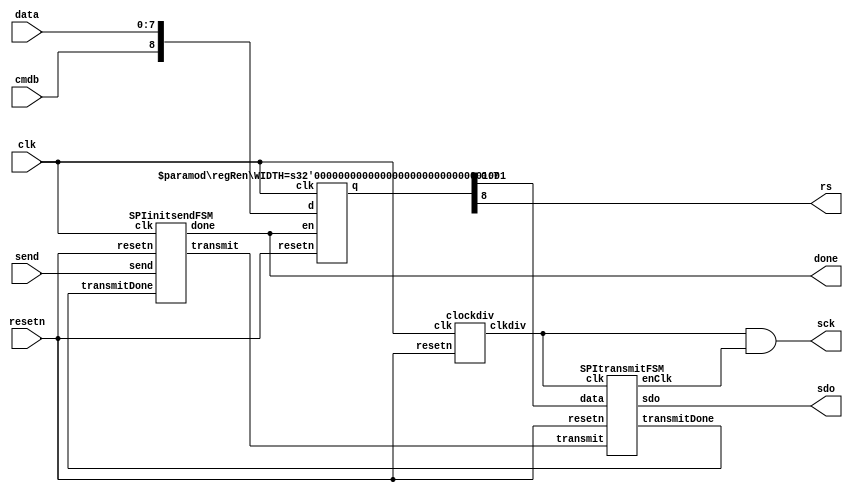
/*
 * SPI interface for the Nexys4 DDR board running at 50 MHz
 *
 * 17 March 2017
 */

module mfp_ahb_spi(
           input        clk,
           input        resetn,
           input [7:0]  data,
           input        cmdb,
           input        send,
           output       done,
           output       sdo,
           output       rs,
           output       sck);

  wire transmitDone, transmit, slowclk, enClk; 
  wire [7:0] sendData;

  clockdiv clockdiv(clk, resetn, slowclk);
  regRen #(9) sendDataReg(clk, resetn, done, 
                         {cmdb, data}, {rs, sendData});
  SPIinitsendFSM SPIinitsendFSM(clk, resetn, send, transmitDone,
                                transmit, done);
  SPItransmitFSM SPItransmitFSM(slowclk, resetn, transmit, sendData,
                        transmitDone, sdo, enClk);
  assign sck = slowclk & enClk;   
  
endmodule


// Slow clock (~1 kHz) for SPI transmission
module clockdiv(input  clk,
                input  resetn,
                output clkdiv);

  reg [15:0] cnt;

  always @(posedge clk, negedge resetn)
    if (~resetn)
      cnt    <=  16'b0;
    else
      cnt <= cnt + 1;

  assign clkdiv = cnt[15];
endmodule

module SPIinitsendFSM(input  clk, 
                      input  resetn, 
                      input  send, transmitDone,
                      output transmit, done);

   reg  [1:0] state, nextstate;

   parameter noData = 2'b00;
   parameter start  = 2'b01;
   parameter finish = 2'b10;

   // State Register
   always @(posedge clk, negedge resetn)
      if (~resetn) state <= noData;
      else         state <= nextstate;

   // Next State Logic
   always @(*)
      case (state)
         noData: if (send)         nextstate = start;
                 else              nextstate = noData;
         start:  if (transmitDone) nextstate = finish;
                 else              nextstate = start;
         finish: if (transmitDone) nextstate = finish;
                 else              nextstate = noData;
         default:                  nextstate = noData;
      endcase

   // Output Logic
   assign done =     (state == noData);
   assign transmit = (state == start);
endmodule

module SPItransmitFSM(input       clk, 
                      input       resetn, 
                      input       transmit, 
                      input [7:0] data,
                      output      transmitDone, 
                      output reg  sdo, enClk);

   reg  [3:0] state, nextstate;

   parameter init   = 4'b1111;
   parameter S0     = 4'b0000;
   parameter S1     = 4'b0001;
   parameter S2     = 4'b0010;
   parameter S3     = 4'b0011;
   parameter S4     = 4'b0100;
   parameter S5     = 4'b0101;
   parameter S6     = 4'b0110;
   parameter S7     = 4'b0111;
   parameter finish = 4'b1000;

   // State Register
   always @(negedge clk, negedge resetn)
      if (~resetn) state <= init;
      else         state <= nextstate;

   // Next State Logic
   always @(*)
      case (state)
         init: if (transmit)   nextstate = S7;
               else            nextstate = init;
         S7:                   nextstate = S6;
         S6:                   nextstate = S5;
         S5:                   nextstate = S4;
         S4:                   nextstate = S3;
         S3:                   nextstate = S2;
         S2:                   nextstate = S1;
         S1:                   nextstate = S0;
         S0:                   nextstate = finish;
         finish: if (transmit) nextstate = finish;
                 else          nextstate = init;
         default:              nextstate = init;
      endcase

   // Output Logic
   assign transmitDone = (state == finish);
   always @(*)
      case (state)
         init:    begin sdo = 1'b0;    enClk = 1'b0; end
         S0:      begin sdo = data[0]; enClk = 1'b1; end 
         S1:      begin sdo = data[1]; enClk = 1'b1; end 
         S2:      begin sdo = data[2]; enClk = 1'b1; end 
         S3:      begin sdo = data[3]; enClk = 1'b1; end 
         S4:      begin sdo = data[4]; enClk = 1'b1; end 
         S5:      begin sdo = data[5]; enClk = 1'b1; end 
         S6:      begin sdo = data[6]; enClk = 1'b1; end 
         S7:      begin sdo = data[7]; enClk = 1'b1; end 
         finish:  begin sdo = 1'b0;    enClk = 1'b0; end 
         default: begin sdo = 1'b0;    enClk = 1'b0; end 
      endcase
endmodule

module regRen
#(parameter WIDTH=32)
(           input                    clk, 
            input                    resetn, 
            input                    en,
            input      [(WIDTH-1):0] d, 
            output reg [(WIDTH-1):0] q);

  always @(posedge clk, negedge resetn)
    if (~resetn)
      q <= 0;
    else if (en)
      q <= d;

endmodule